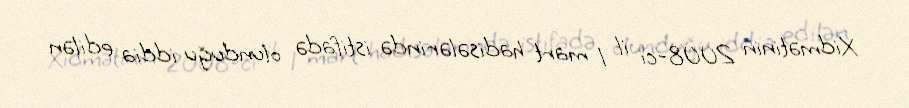
Xidmətinin 2008-ci il 1 mart hadisələrində istifadə olunduğu iddia edilən